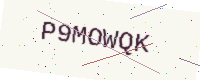
Text: P9MOWQK